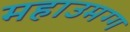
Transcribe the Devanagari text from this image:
महाउमग्ग